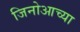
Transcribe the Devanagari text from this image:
जिनोआच्या